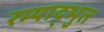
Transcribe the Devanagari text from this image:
रम्याद्भुत